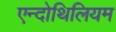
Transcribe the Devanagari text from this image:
एन्दोथिलियम